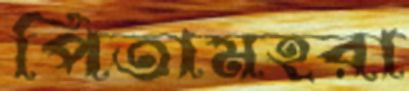
পিতামহরা